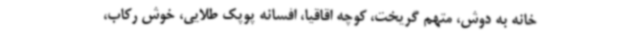
خانه به دوش، متهم گریخت، کوچه اقاقیا، افسانه پوپک طلایی، خوش رکاب،